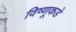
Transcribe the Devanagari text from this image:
विष्णूकडे